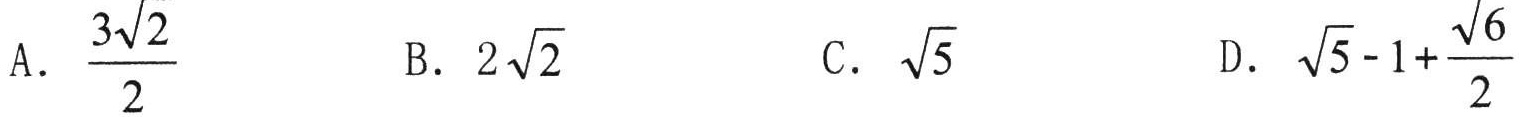
A. \(\frac{3\sqrt{2}}{2}\)  B. \(2\sqrt{2}\)  C. \(\sqrt{5}\)  D. \(\sqrt{5}-1+\frac{\sqrt{6}}{2}\)